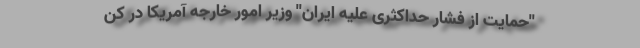
''حمایت از فشار حداکثری علیه ایران'' وزیر امور خارجه آمریکا در کن